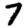
Digit: 7